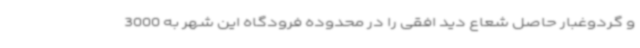
و گردوغبار حاصل شعاع دید افقی را در محدوده فرودگاه این شهر به 3000